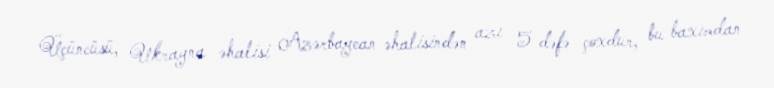
Üçüncüsü, Ukrayna əhalisi Azərbaycan əhalisindən azı 5 dəfə çoxdur, bu baxımdan